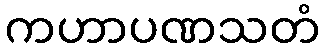
ကဟာပဏသတံ